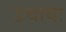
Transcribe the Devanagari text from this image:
उचावः